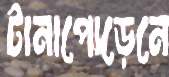
টানাপোড়েনে